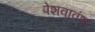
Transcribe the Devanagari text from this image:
पेशवावंश